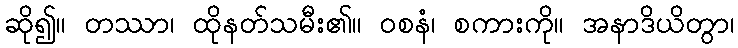
ဆို၍။ တဿာ၊ ထိုနတ်သမီး၏။ ဝစနံ၊ စကားကို။ အနာဒိယိတွာ၊